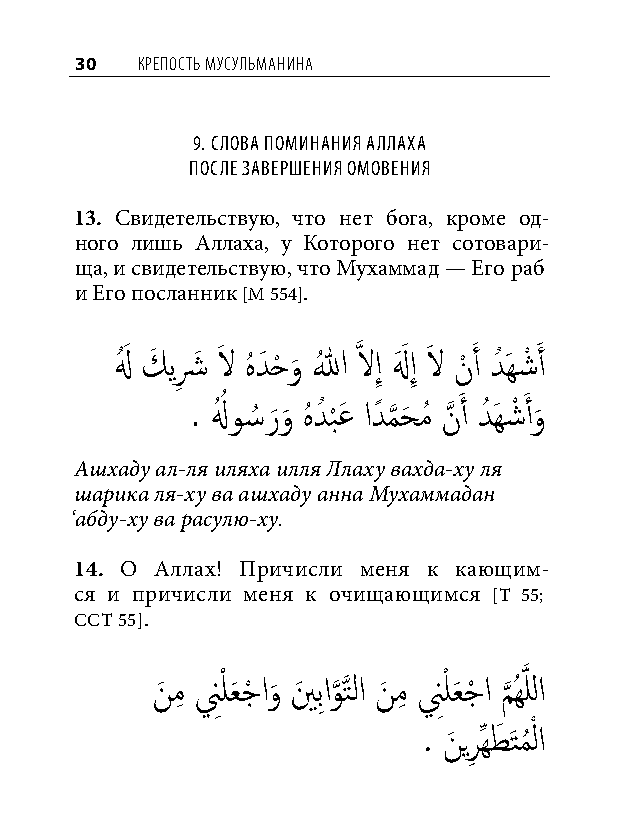
30  КреПость мусульманина
 9. Слова поминания аллаха
 поСле завершения омовения
 13. Свидетельствую, что нет бога, кроме од-
 ного лишь Аллаха, у Которого нет сотовари-
 ща, и свидетельствую, что Мухаммад — Его раб
 и Его посланник [М 554].
 لهُ َ كَ يشِ َ لاَ هُ دَ حْ و
 َ
 اللهُ َّذ لاإِ لهَ َ إِ لاَ نْ َ أ دُ َهشْ َ أ
 ُ              َ    َ
 . لهُ و�ُ ر َو
 َ
 هُ دُ ب
 ْ
 عَ ادً م
 َّذ
 حَ مُ نَّذ أ دُ َهشْ أو
 َ
 Ашхаду ал-ля иляха илля Ллаху вахда-ху ля
 шарика ля-ху ва ашхаду анна Мухаммадан
 ‘абду-ху ва расулю-ху.
 14. О Аллах! Причисли меня к кающим-
 ся и причисли меня к очищающимся [Т 55;
 ССТ 55].
 نَ مِ نِْ لعَ جْ او
 َ
 ينَ بِاو
 َّذ
 َّذتلا نَ مِ نِْ لعَ جْ ا م
 َّذ
 ُهَّذ للا
 . نَ يرِ ِّهطَ َتمُ ْ لا